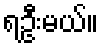
ရဦးမယ်။